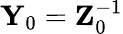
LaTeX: {\mathbf Y}_{0}={\mathbf Z}_{0}^{-1}